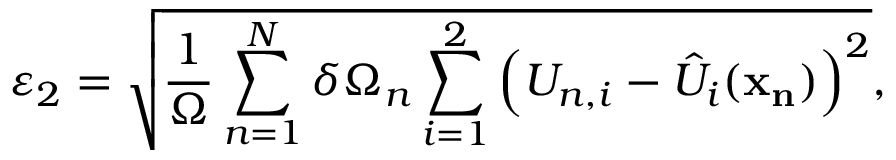
\varepsilon _ { 2 } = \sqrt { \frac { 1 } { \Omega } \sum _ { n = 1 } ^ { N } \delta \Omega _ { n } \sum _ { i = 1 } ^ { 2 } \left( U _ { n , i } - \hat { U } _ { i } ( \mathbf { x _ { n } } ) \right) ^ { 2 } } ,